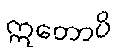
ဣတောပိ